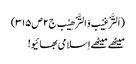
(اَلتَّرْغِیْب وَالتَّرْھِیْب ج۲ص۳۱۵)
میٹھے میٹھے اِسلامی بھائیو!